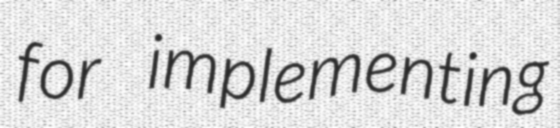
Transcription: for implementing